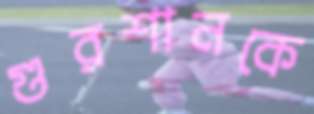
গুরশানকে